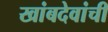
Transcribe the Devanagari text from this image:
खांबदेवांची